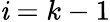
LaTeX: \mathit{i}=k-1